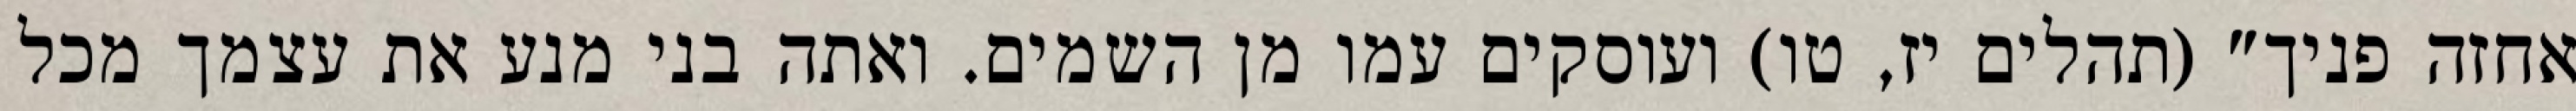
אחזה פניך" (תהלים יז, טו) ועוסקים עמו מן השמים. ואתה בני מנע את עצמך מכל